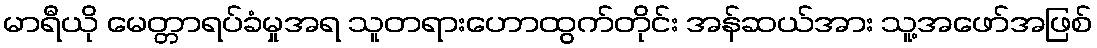
မာရီယို မေတ္တာရပ်ခံမှုအရ သူတရားဟောထွက်တိုင်း အန်ဆယ်အား သူ့အဖော်အဖြစ်